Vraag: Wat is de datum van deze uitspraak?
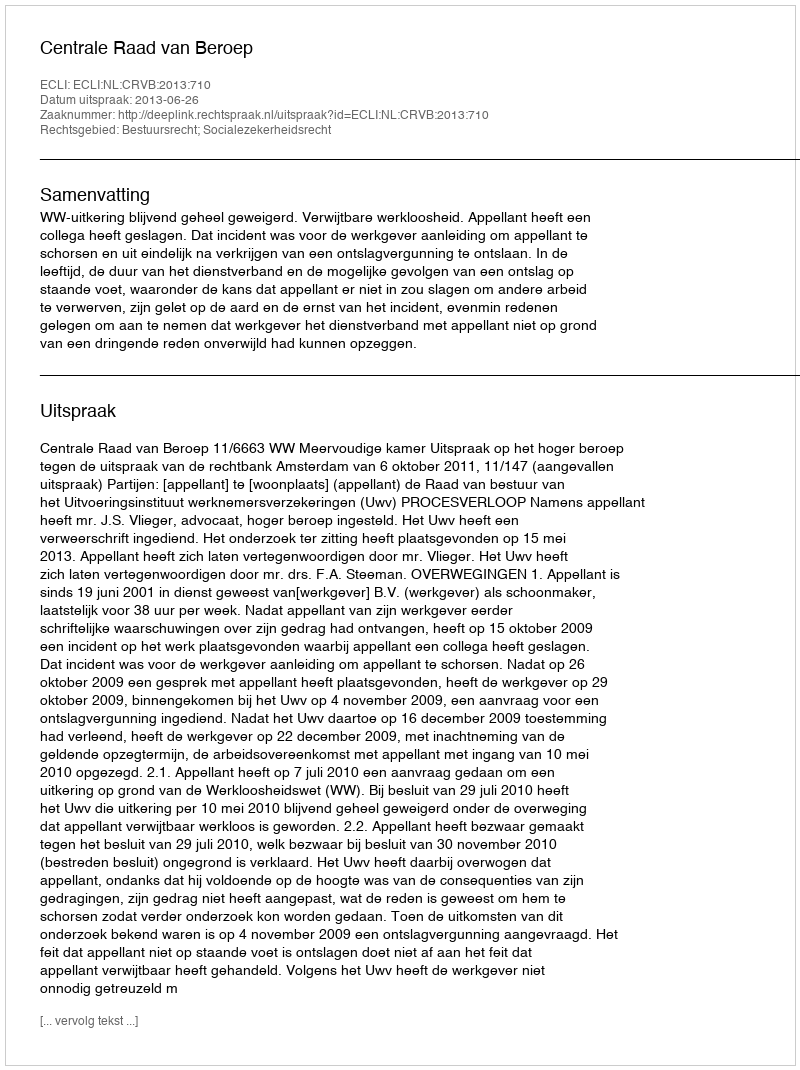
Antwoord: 2013-06-26